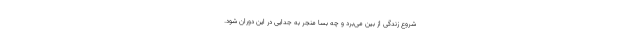
شروع زندگی از بین می‌برد و چه بسا منجر به جدایی در این دوران شود.